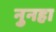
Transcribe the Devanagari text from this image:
नुनहा